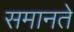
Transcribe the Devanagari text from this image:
समानते